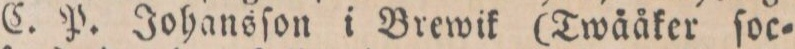
C. P. Johansſon i Brewik (Twäåker ſoc=